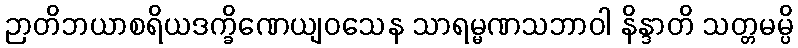
ဉာတိဘယာစရိယဒက္ခိဏေယျဝသေန သာရမ္မဏသဘာဝါ နိန္ဒာတိ သတ္တမမ္ပိ